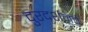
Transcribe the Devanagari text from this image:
दुरदर्शनचे